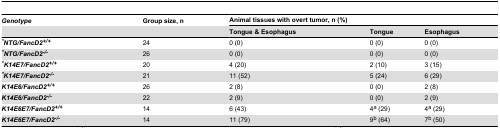
<table><thead><tr><td><b><i>Genotype</i></b></td><td><b>Group size, n</b></td><td colspan="3"><b>Animal tissues with overt tumor, n (%)</b></td></tr><tr><td></td><td></td><td><b>Tongue &amp; Esophagus</b></td><td><b>Tongue</b></td><td><b>Esophagus</b></td></tr></thead><tbody><tr><td><b><sup><i>*</i></sup><i>NTG/FancD2</i><sup><i>+</i></sup><sup><i>/</i></sup><sup><i>+</i></sup></b></td><td>24</td><td>0 (0)</td><td>0 (0)</td><td>0 (0)</td></tr><tr><td><b><sup><i>*</i></sup><i>NTG/FancD2</i><sup><i>-/-</i></sup></b></td><td>26</td><td>0 (0)</td><td>0 (0)</td><td>0 (0)</td></tr><tr><td><b><sup><i>*</i></sup><i>K14E7/FancD2</i><sup><i>+</i></sup><sup><i>/</i></sup><sup><i>+</i></sup></b></td><td>20</td><td>4 (20)</td><td>2 (10)</td><td>3 (15)</td></tr><tr><td><b><sup><i>*</i></sup><i>K14E7/FancD2</i><sup><i>-/-</i></sup></b></td><td>21</td><td>11 (52)</td><td>5 (24)</td><td>6 (29)</td></tr><tr><td><b><i>K14E6/FancD2</i><sup><i>+</i></sup><sup><i>/</i></sup><sup><i>+</i></sup></b></td><td>26</td><td>2 (8)</td><td>0 (0)</td><td>2 (8)</td></tr><tr><td><b><i>K14E6/FancD2</i><sup><i>-/-</i></sup></b></td><td>22</td><td>2 (9)</td><td>0 (0)</td><td>2 (9)</td></tr><tr><td><b><i>K14E6E7/FancD2</i><sup><i>+</i></sup><sup><i>/</i></sup><sup><i>+</i></sup></b></td><td>14</td><td>6 (43)</td><td>4<sup>a</sup> (29)</td><td>4<sup>a</sup> (29)</td></tr><tr><td><b><i>K14E6E7/FancD2</i><sup><i>-/-</i></sup></b></td><td>14</td><td>11 (79)</td><td>9<sup>b</sup> (64)</td><td>7<sup>b</sup> (50)</td></tr></tbody></table>